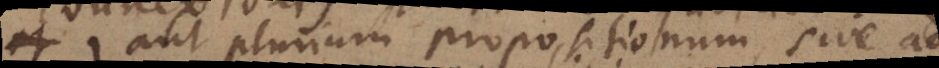
aut plurium propositionum, sive ad